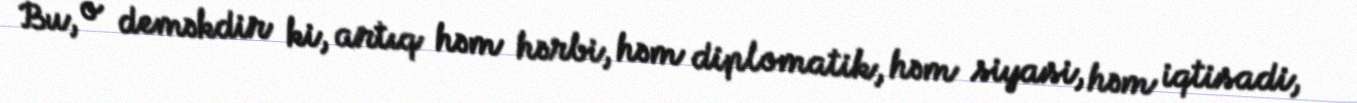
Bu, o deməkdir ki, artıq həm hərbi, həm diplomatik, həm siyasi, həm iqtisadi,